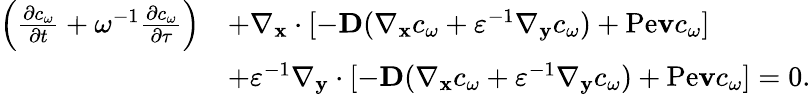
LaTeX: \begin{array}{rl}{\left(\frac{\partial c_{\omega}}{\partial t}+\omega^{-1}\frac{\partial c_{\omega}}{\partial\tau}\right)}&{+\nabla_{\mathbf x}\cdot[-\textbf{D}(\nabla_{\mathbf x}c_{\omega}+\varepsilon^{-1}\nabla_{\mathbf y}c_{\omega})+\mathrm{Pe}\mathbf vc_{\omega}]}\\ &{+\varepsilon^{-1}\nabla_{\mathbf y}\cdot[-\textbf{D}(\nabla_{\mathbf x}c_{\omega}+\varepsilon^{-1}\nabla_{\mathbf y}c_{\omega})+\mathrm{Pe}\mathbf vc_{\omega}]=0.}\end{array}